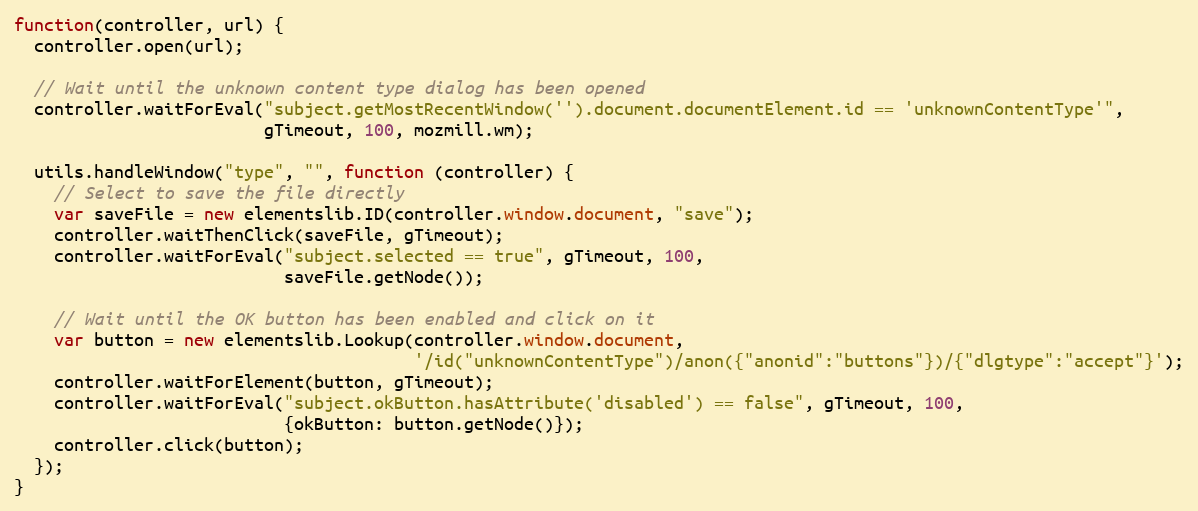
Language: JavaScript
function(controller, url) {
  controller.open(url);

  // Wait until the unknown content type dialog has been opened
  controller.waitForEval("subject.getMostRecentWindow('').document.documentElement.id == 'unknownContentType'",
                         gTimeout, 100, mozmill.wm);

  utils.handleWindow("type", "", function (controller) {
    // Select to save the file directly
    var saveFile = new elementslib.ID(controller.window.document, "save");
    controller.waitThenClick(saveFile, gTimeout);
    controller.waitForEval("subject.selected == true", gTimeout, 100,
                           saveFile.getNode());

    // Wait until the OK button has been enabled and click on it
    var button = new elementslib.Lookup(controller.window.document,
                                        '/id("unknownContentType")/anon({"anonid":"buttons"})/{"dlgtype":"accept"}');
    controller.waitForElement(button, gTimeout);
    controller.waitForEval("subject.okButton.hasAttribute('disabled') == false", gTimeout, 100,
                           {okButton: button.getNode()});
    controller.click(button);
  });
}